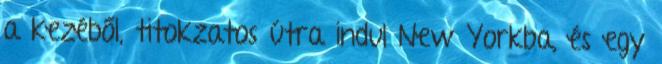
a kezéből, titokzatos útra indul New Yorkba, és egy